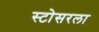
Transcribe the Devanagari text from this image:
स्टोसरला